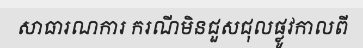
សាធារណការ ករណីមិនជួសជុលផ្លូវកាលពី